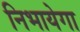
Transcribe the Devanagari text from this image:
निभायेगा